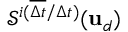
\mathcal { S } ^ { i ( \overline { { \Delta t } } / \Delta t ) } ( \mathbf { u } _ { d } )